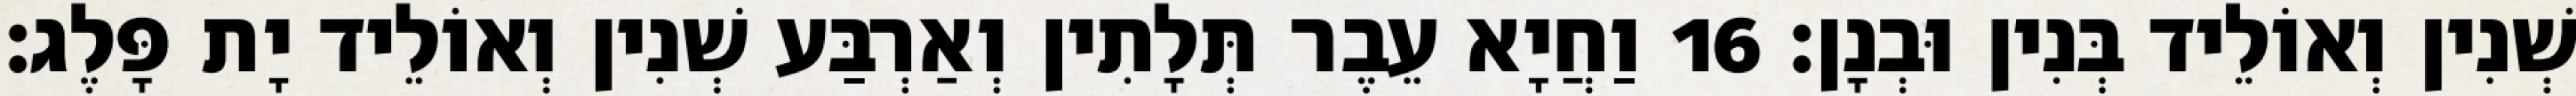
שְׁנִין וְאוֹלֵיד בְּנִין וּבְנָן׃ 16 וַחֲיָא עֵבֶר תְּלָתִין וְאַרְבַּע שְׁנִין וְאוֹלֵיד יָת פָּלֶג׃